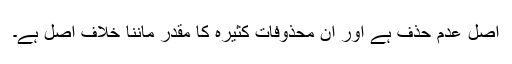
اصل عدم حذف ہے اور ان محذوفات کثیرہ کا مقدر ماننا خلاف اصل ہے۔